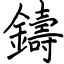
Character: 鑄